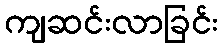
ကျဆင်းလာခြင်း